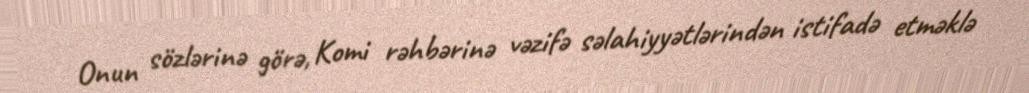
Onun sözlərinə görə, Komi rəhbərinə vəzifə səlahiyyətlərindən istifadə etməklə